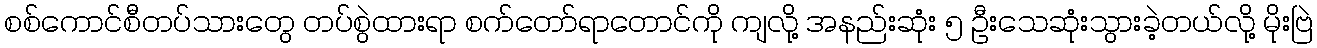
စစ်ကောင်စီတပ်သားတွေ တပ်စွဲထားရာ စက်တော်ရာတောင်ကို ကျလို့ အနည်းဆုံး ၅ ဦးသေဆုံးသွားခဲ့တယ်လို့ မိုးဗြဲ